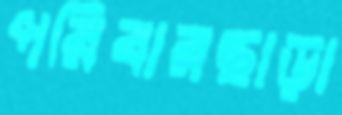
পরিবারছাড়া